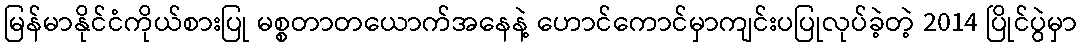
မြန်မာနိုင်ငံကိုယ်စားပြု မစ္စတာတယောက်အနေနဲ့ ဟောင်ကောင်မှာကျင်းပပြုလုပ်ခဲ့တဲ့ 2014 ပြိုင်ပွဲမှာ